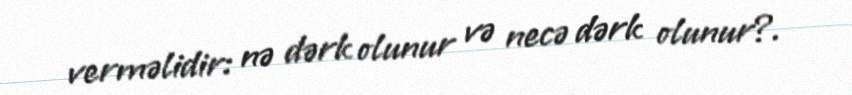
verməlidir: nə dərk olunur və necə dərk olunur?.